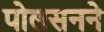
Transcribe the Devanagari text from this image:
पोलसनने